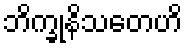
ဘိက္ခုနိသတေဟိ